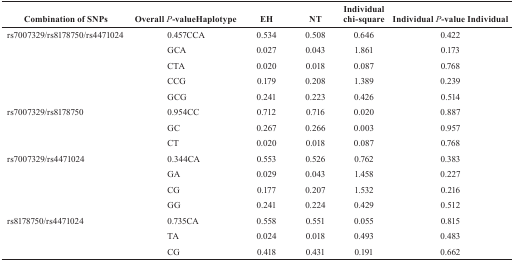
<table><thead><tr><td><b>Combination of SNPs</b></td><td><b>Overall <i>P</i>-value Haplotype</b></td><td><b>EH</b></td><td><b>NT</b></td><td><b>Individual chi-square</b></td><td><b>Individual <i>P</i>-value Individual</b></td></tr></thead><tbody><tr><td>rs7007329/rs8178750/rs4471024</td><td>0.457CCA</td><td>0.534</td><td>0.508</td><td>0.646</td><td>0.422</td></tr><tr><td rowspan="4"></td><td>GCA</td><td>0.027</td><td>0.043</td><td>1.861</td><td>0.173</td></tr><tr><td>CTA</td><td>0.020</td><td>0.018</td><td>0.087</td><td>0.768</td></tr><tr><td>CCG</td><td>0.179</td><td>0.208</td><td>1.389</td><td>0.239</td></tr><tr><td>GCG</td><td>0.241</td><td>0.223</td><td>0.426</td><td>0.514</td></tr><tr><td>rs7007329/rs8178750</td><td>0.954CC</td><td>0.712</td><td>0.716</td><td>0.020</td><td>0.887</td></tr><tr><td rowspan="2"></td><td>GC</td><td>0.267</td><td>0.266</td><td>0.003</td><td>0.957</td></tr><tr><td>CT</td><td>0.020</td><td>0.018</td><td>0.087</td><td>0.768</td></tr><tr><td>rs7007329/rs4471024</td><td>0.344CA</td><td>0.553</td><td>0.526</td><td>0.762</td><td>0.383</td></tr><tr><td rowspan="3"></td><td>GA</td><td>0.029</td><td>0.043</td><td>1.458</td><td>0.227</td></tr><tr><td>CG</td><td>0.177</td><td>0.207</td><td>1.532</td><td>0.216</td></tr><tr><td>GG</td><td>0.241</td><td>0.224</td><td>0.429</td><td>0.512</td></tr><tr><td>rs8178750/rs4471024</td><td>0.735CA</td><td>0.558</td><td>0.551</td><td>0.055</td><td>0.815</td></tr><tr><td rowspan="2"></td><td>TA</td><td>0.024</td><td>0.018</td><td>0.493</td><td>0.483</td></tr><tr><td>CG</td><td>0.418</td><td>0.431</td><td>0.191</td><td>0.662</td></tr></tbody></table>